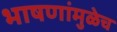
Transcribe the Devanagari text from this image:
भाषणांमुळेच